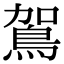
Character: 鴐